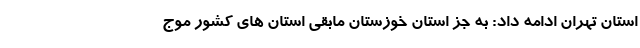
استان تهران ادامه داد: به جز استان خوزستان مابقی استان های کشور موج